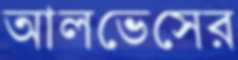
আলভেসের